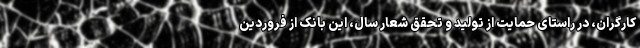
کارگران، در راستای حمایت از تولید و تحقق شعار سال، این بانک از فروردین